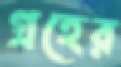
গ্রহের